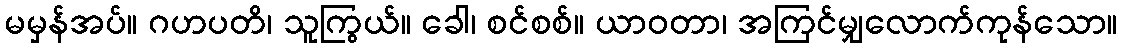
မမှန်အပ်။ ဂဟပတိ၊ သူကြွယ်။ ခေါ၊ စင်စစ်။ ယာဝတာ၊ အကြင်မျှလောက်ကုန်သော။